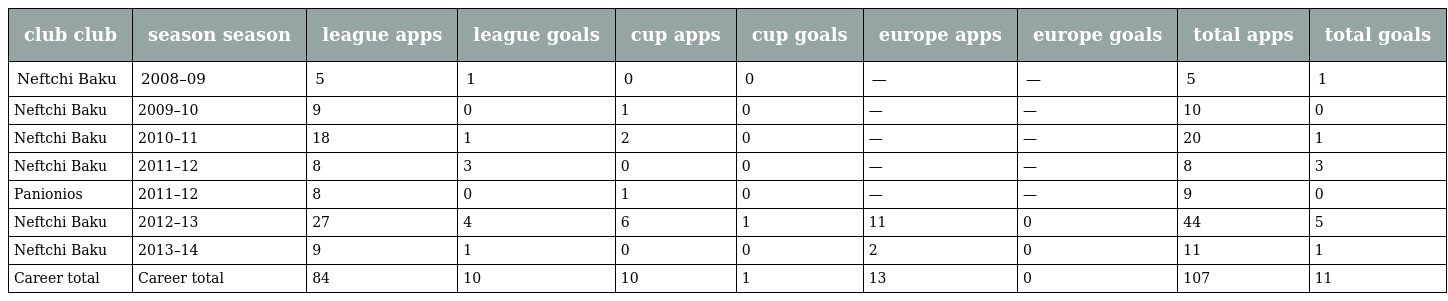
| club club | season season | league apps | league goals | cup apps | cup goals | europe apps | europe goals | total apps | total goals |
 | --- | --- | --- | --- | --- | --- | --- | --- | --- | --- |
 | Neftchi Baku | 2008–09 | 5 | 1 | 0 | 0 | — | — | 5 | 1 |
 | Neftchi Baku | 2009–10 | 9 | 0 | 1 | 0 | — | — | 10 | 0 |
 | Neftchi Baku | 2010–11 | 18 | 1 | 2 | 0 | — | — | 20 | 1 |
 | Neftchi Baku | 2011–12 | 8 | 3 | 0 | 0 | — | — | 8 | 3 |
 | Panionios | 2011–12 | 8 | 0 | 1 | 0 | — | — | 9 | 0 |
 | Neftchi Baku | 2012–13 | 27 | 4 | 6 | 1 | 11 | 0 | 44 | 5 |
 | Neftchi Baku | 2013–14 | 9 | 1 | 0 | 0 | 2 | 0 | 11 | 1 |
 | Career total | Career total | 84 | 10 | 10 | 1 | 13 | 0 | 107 | 11 |